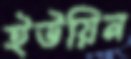
ইউয়িন